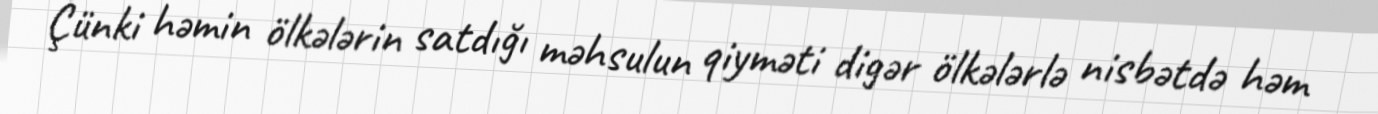
Çünki həmin ölkələrin satdığı məhsulun qiyməti digər ölkələrlə nisbətdə həm